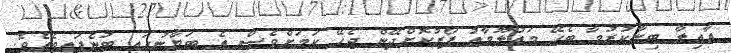
އާއިލާ ބިނާކުރުމާ ބެހޭ މައުލޫމާތު ފޯރުކޮށްދޭން ޖެހޭ ކަމަށްވެސް އެ ބަޔާނުގައި ބުނެފައިވެއެވެ.